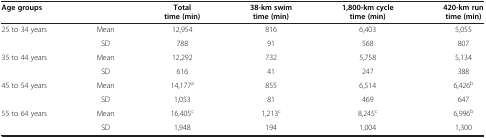
<table><thead><tr><td><b>Age groups</b></td><td><b> </b></td><td><b>Total time (min)</b></td><td><b>38-km swim time (min)</b></td><td><b>1,800-km cycle time (min)</b></td><td><b>420-km run time (min)</b></td></tr></thead><tbody><tr><td>25 to 34 years</td><td>Mean</td><td>12,954</td><td>816</td><td>6,403</td><td>5,055</td></tr><tr><td> </td><td>SD</td><td>788</td><td>91</td><td>568</td><td>807</td></tr><tr><td>35 to 44 years</td><td>Mean</td><td>12,292</td><td>732</td><td>5,758</td><td>5,134</td></tr><tr><td> </td><td>SD</td><td>616</td><td>41</td><td>247</td><td>388</td></tr><tr><td>45 to 54 years</td><td>Mean</td><td>14,177<sup>a</sup></td><td>855</td><td>6,514</td><td>6,426<sup>b</sup></td></tr><tr><td> </td><td>SD</td><td>1,053</td><td>81</td><td>469</td><td>647</td></tr><tr><td>55 to 64 years</td><td>Mean</td><td>16,405<sup>c</sup></td><td>1,213<sup>c</sup></td><td>8,245<sup>c</sup></td><td>6,996<sup>b</sup></td></tr><tr><td> </td><td>SD</td><td>1,948</td><td>194</td><td>1,004</td><td>1,300</td></tr></tbody></table>